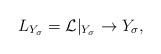
LaTeX: \begin{align*}L_{Y_{\sigma}} = \mathcal{L}|_{Y_{\sigma}} \to Y_\sigma,\end{align*}